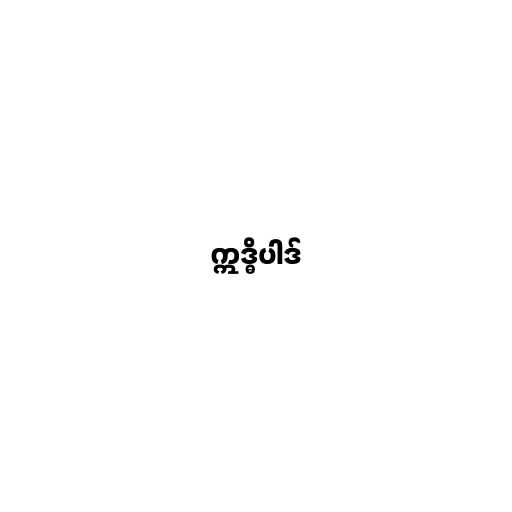
ဣဒ္ဓိပါဒ်